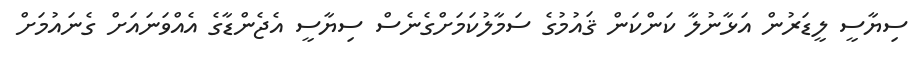
ސިޔާސީ ލީޑަރުން އަޅާނުލާ ކަންކަން ޤައުމުގެ ސަމާލުކަމަށްގެނެސް ސިޔާސީ އެޖެންޑާގެ އެއްވަނައަށް ގެނައުމަށް